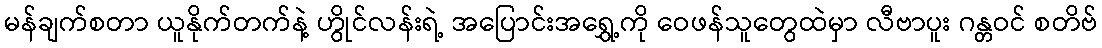
မန်ချက်စတာ ယူနိုက်တက်နဲ့ ဟွိုင်လန်းရဲ့ အပြောင်းအရွှေ့ကို ဝေဖန်သူတွေထဲမှာ လီဗာပူး ဂန္တဝင် စတိဗ်